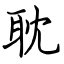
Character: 耽